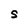
Character: s